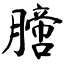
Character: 膪